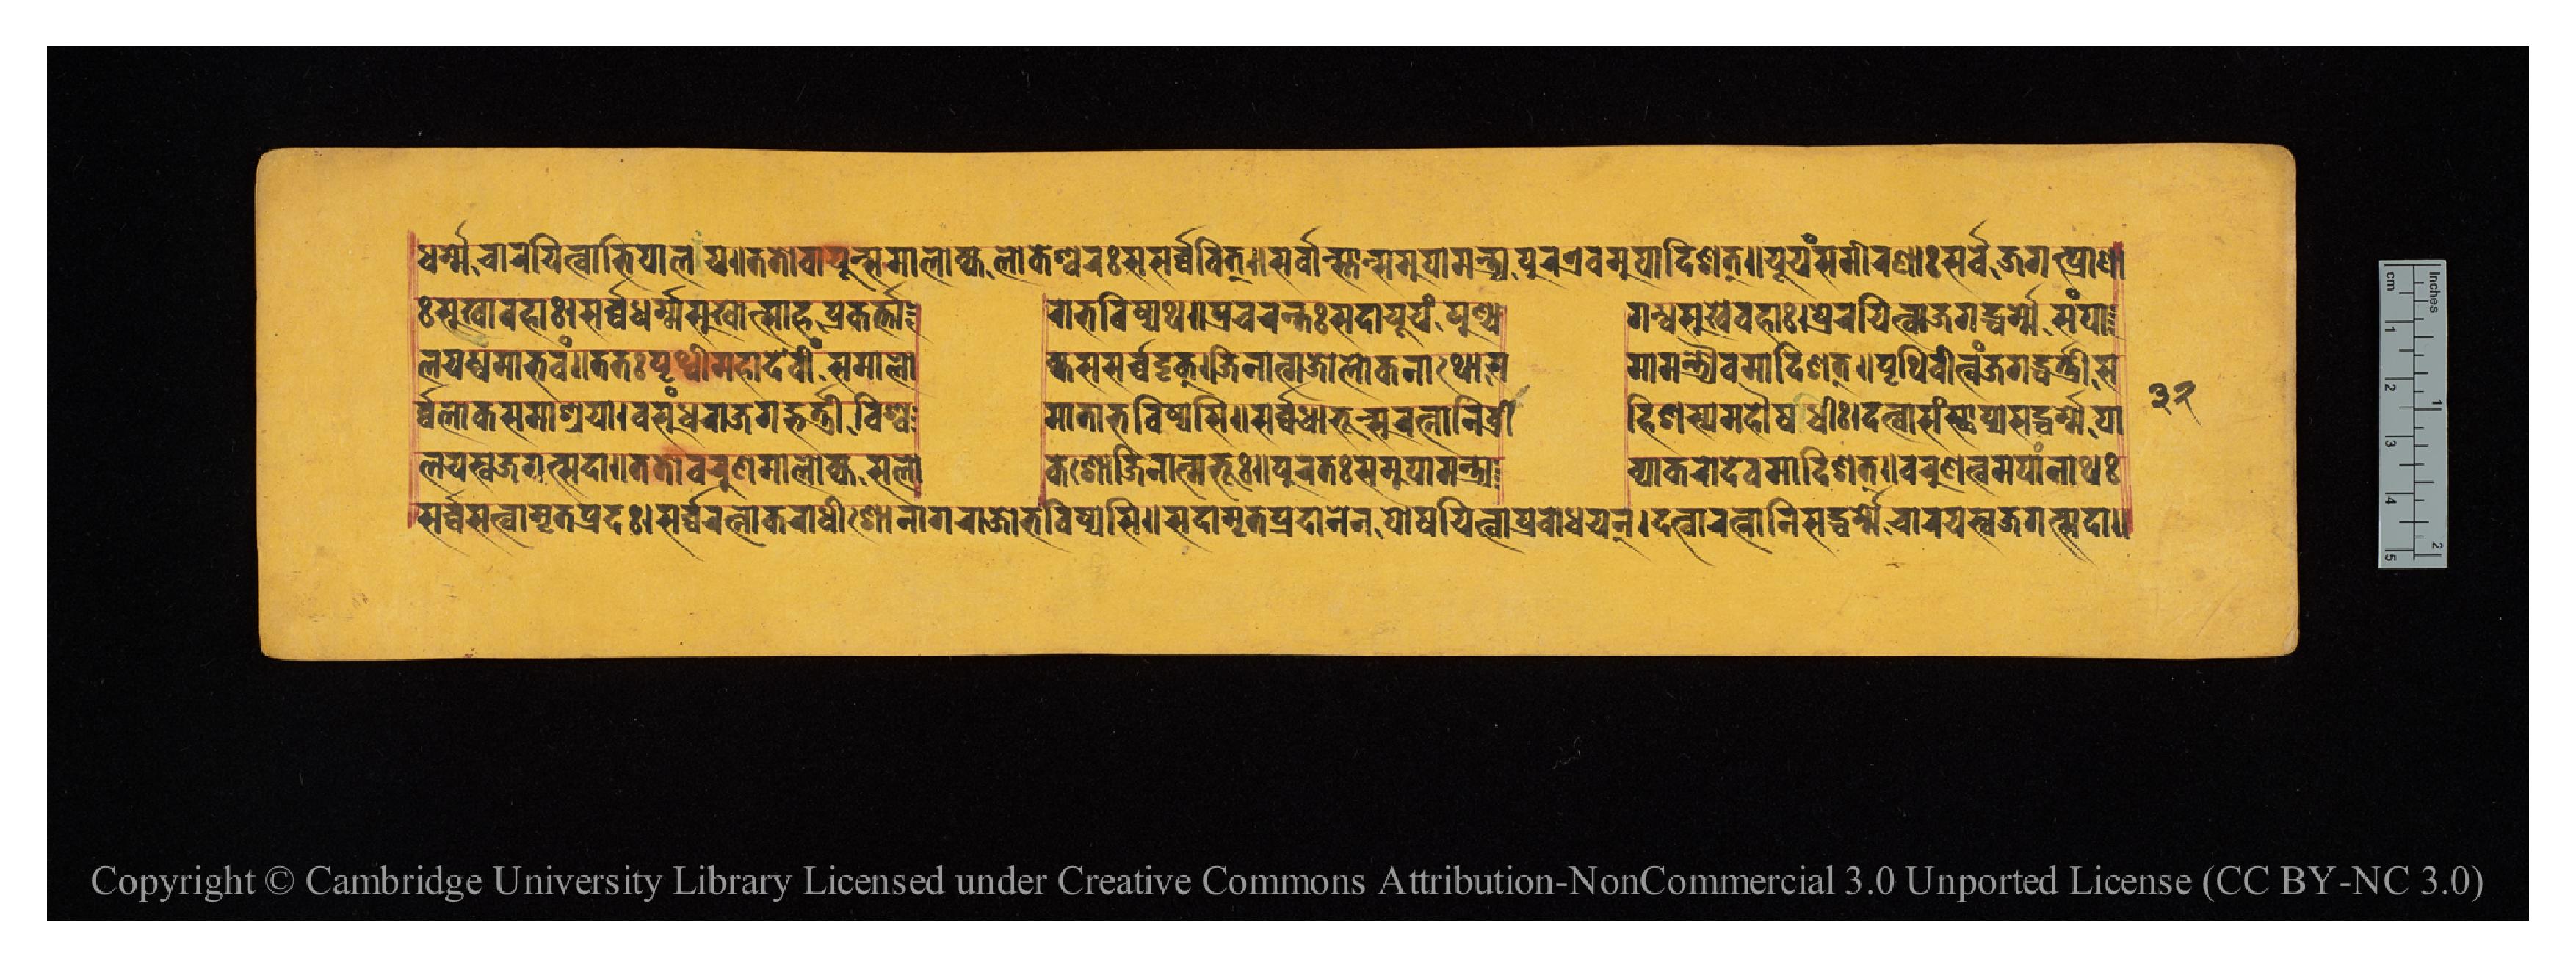
𑐢𑐬𑑂𑐩𑐾𑐔𑐵𑐬𑐫𑐶𑐟𑑂𑐰𑐵𑐨𑐶𑐥𑐵𑐮𑐫𑑌𑐟𑐟𑑀𑐰𑐵𑐫𑐸𑑄𑐳𑐩𑐵𑐮𑑀𑐎𑑂𑐫𑐮𑑀𑐎𑐾𑐱𑑂𑐰𑐬𑑅𑐳𑐳𑐬𑑂𑐰𑑂𑐰𑐰𑐶𑐟𑑂𑑋𑐳𑐬𑑂𑐰𑑂𑐰𑐵𑑄𑐳𑑂𑐟𑐵𑐣𑑂𑐳𑐩𑐸𑐥𑐵𑐩𑑄𑐟𑑂𑐬𑑂𑐫𑐥𑐸𑐬𑐊𑐰𑐩𑐸𑐥𑐵𑐡𑐶𑐱𑐟𑑂𑑌𑐫𑐹𑐫𑑄𑐳𑐩𑐷𑐬𑐞𑐵𑑅𑐳𑐬𑑂𑐰𑑂𑐰𑐾𑐖𑐐𑐟𑑂𑐥𑑂𑐬𑐵𑐞𑐵 𑐞𑐵𑑅𑐳𑐸𑐏𑐵𑐰𑐴𑐵𑑅𑑋𑐳𑐬𑑂𑐰𑑂𑐰𑐢𑐬𑑂𑐩𑑂𑐩𑐳𑐸𑐏𑑀𑐟𑑂𑐳𑐵𑐴𑐥𑑂𑐬𑐎𑐬𑑂𑐟𑐵      𑐬𑑀𑐨𑐰𑐶𑐲𑑂𑐫𑐠𑑌𑐥𑑂𑐬𑐔𑐬𑐣𑑂𑐟𑑅𑐳𑐡𑐵𑐫𑐹𑐫𑑄𑐥𑐸𑐞𑑂𑐫  𑐐𑐞𑑂𑐢𑐳𑐸𑐏𑐰𑐴𑐵𑑅𑑋𑐥𑑂𑐬𑐾𑐬𑐫𑐶𑐟𑑂𑐰𑐵𑐖𑐐𑐡𑑂𑐢𑐬𑑂𑐩𑐾𑐳𑑄𑐥𑐵 𑐮𑐫𑐢𑑂𑐰𑐩𑐵𑐨𑐰𑑄𑑌𑐟𑐟𑑅𑐥𑐺𑐠𑑂𑐰𑐷𑑄𑐩𑐴𑐵𑐡𑐾𑐰𑐷𑑄𑐳𑐩𑐵𑐮𑑀   𑐎𑑂𑐫𑐳𑐬𑑂𑐰𑑂𑐰𑐡𑐺𑐎𑑂𑑋𑐖𑐶𑐣𑐵𑐟𑑂𑐩𑐖𑑀𑐮𑑀𑐎𑐣𑐵𑐠𑑀𑐳  𑐩𑐵𑐩𑑄𑐟𑑂𑐬𑑂𑐫𑐿𑐰𑐩𑐵𑐡𑐶𑐱𑐟𑑂𑑌𑐥𑐺𑐠𑐶𑐰𑐶𑐟𑑂𑐰𑑄𑐖𑐐𑐡𑑂𑐨𑐬𑑂𑐟𑑂𑐬𑐷𑐳 𑐬𑑂𑐰𑑂𑐰𑐮𑑀𑐎𑐳𑐩𑐵𑐱𑑂𑐬𑐫𑐵𑑋𑐰𑐳𑐸𑑄𑐢𑐬𑐵𑐖𑐐𑐡𑑂𑐨𑐬𑑂𑐟𑐷𑐰𑐶𑐱𑑂𑐰  𑐩𑐵𑐟𑐵𑐨𑐰𑐶𑐲𑑂𑐫𑐳𑐶𑑌𑐳𑐬𑑂𑐰𑑂𑐰𑐢𑐵𑐟𑐹𑐣𑑂𑐳𑐸𑐬𑐟𑑂𑐣𑐵𑐣𑐶𑐰𑑂𑐬𑐷  𑐴𑐶𑐱𑐳𑑂𑐫𑐩𑐴𑑁𑐲𑐢𑐷𑑅𑑋𑐡𑐟𑑂𑐰𑐵𑐳𑑄𑐳𑑂𑐠𑐵𑐥𑑂𑐫𑐳𑐡𑑂𑐢𑐬𑑂𑐩𑐾𑐥𑐵 𑐮𑐫𑐳𑑂𑐰𑐖𑐐𑐟𑑂𑐳𑐡𑐵𑑌𑐟𑐟𑑀𑐰𑐬𑐸𑐩𑐵𑐮𑑀𑐎𑑂𑐫𑐳𑐮𑑀      𑐎𑐾𑐱𑑀𑐖𑐶𑐣𑐵𑐟𑑂𑐩𑐨𑐹𑑅𑑌𑐥𑐸𑐬𑐟𑑅𑐳𑐩𑐸𑐥𑐵𑐩𑐣𑑂𑐟𑑂𑐬𑑂𑐫  𑐰𑑂𑐫𑐵𑐎𑐬𑑀𑐡𑐾𑐰𑐩𑐵𑐡𑐶𑐱𑐟𑑂𑑌𑐰𑐬𑐸𑐞𑐟𑑂𑐰𑐩𑐥𑐵𑑄𑐣𑐵𑐠𑑅 𑐳𑐬𑑂𑐰𑑂𑐰𑐳𑐟𑑂𑐰𑐵𑐩𑐺𑐟𑐥𑐡𑑅𑑋𑐳𑐬𑑂𑐰𑑂𑐰𑐬𑐟𑑂𑐣𑐵𑐎𑐬𑐵𑐢𑐷𑐱𑑀𑐣𑐵𑐐𑐬𑐵𑐖𑑀𑐨𑐰𑐶𑐲𑑂𑐫𑐳𑐶𑑌𑐳𑐡𑐵𑐩𑐺𑐟𑐥𑑂𑐬𑐡𑐵𑐣𑐾𑐣𑐥𑑀𑐲𑐫𑐶𑐟𑑂𑐰𑐵𑐥𑑂𑐬𑐧𑑀𑐢𑐫𑐣𑑂𑑋𑐡𑐟𑑂𑐰𑐵𑐬𑐟𑑂𑐣𑐵𑐣𑐶𑐳𑐡𑑂𑐢𑐬𑑂𑐩𑐾𑐔𑐵𑐬𑐫𑐳𑑂𑐰𑐖𑐐𑐟𑑂𑐳𑐡𑐵𑑌 𑑓𑑒